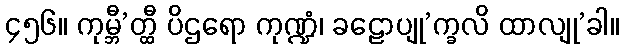
၄၅၆။ ကုမ္ဘီ’တ္ထီ ပိဌရော ကုဏ္ဍံ၊ ခဠောပျု’က္ခလိ ထာလျု’ခါ။